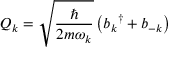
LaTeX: Q _ { k } = { \sqrt { \frac { \hbar } { 2 m \omega _ { k } } } } \left( { b _ { k } } ^ { \dagger } + b _ { - k } \right)